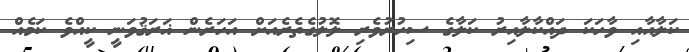
ކަލާއާއި ވާހަކަ ދައްކާލާއިރު ކަލާގެ ސިހުރުވެރި ލޮލުގެތެރެއަށް އަހަރެން ޣަރަޤުވަނީ ކީއްވެ ކަމެއް